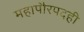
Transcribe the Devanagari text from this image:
महापौरपदही